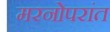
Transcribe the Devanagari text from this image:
मरनोपरांत